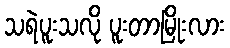
သရဲပူးသလို ပူးတာမြိုးလား